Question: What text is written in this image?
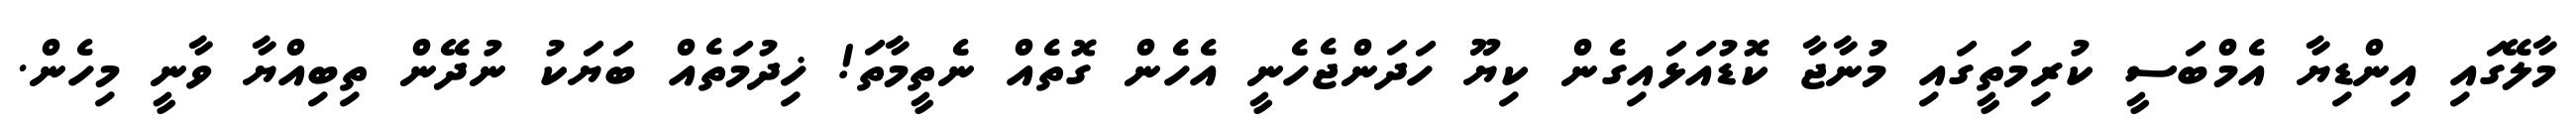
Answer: މާލޭގައި އިންޑިޔާ އެމްބަސީ ކުރިމަތީގައި މުނާޖާ ކޮޑުއަޅައިގެން ކިޔޫ ހަދަންޖެހެނީ އެހެން ގޮތެއް ނެތީމާތަ! ޚިދުމަތެއް ބަޔަކު ނުދޭން ތިބިއްޔާ ވާނީ މިހެން.